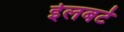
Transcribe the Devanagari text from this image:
ईलबर्ट